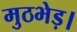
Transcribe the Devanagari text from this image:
मुठभेड़।